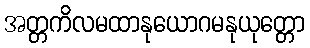
အတ္တကိလမထာနုယောဂမနုယုတ္တော